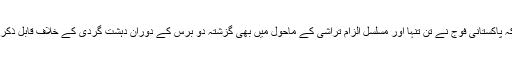
امریکہ بخوبی جانتا ہے کہ پاکستانی فوج نے تن تنہا اور مسلسل الزام تراشی کے ماحول میں بھی گزشتہ دو برس کے دوران دہشت گردی کے خلاف قابل ذکر کامیابیاں حاصل کی ہیں۔